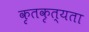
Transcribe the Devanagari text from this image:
कृतकृत्यता